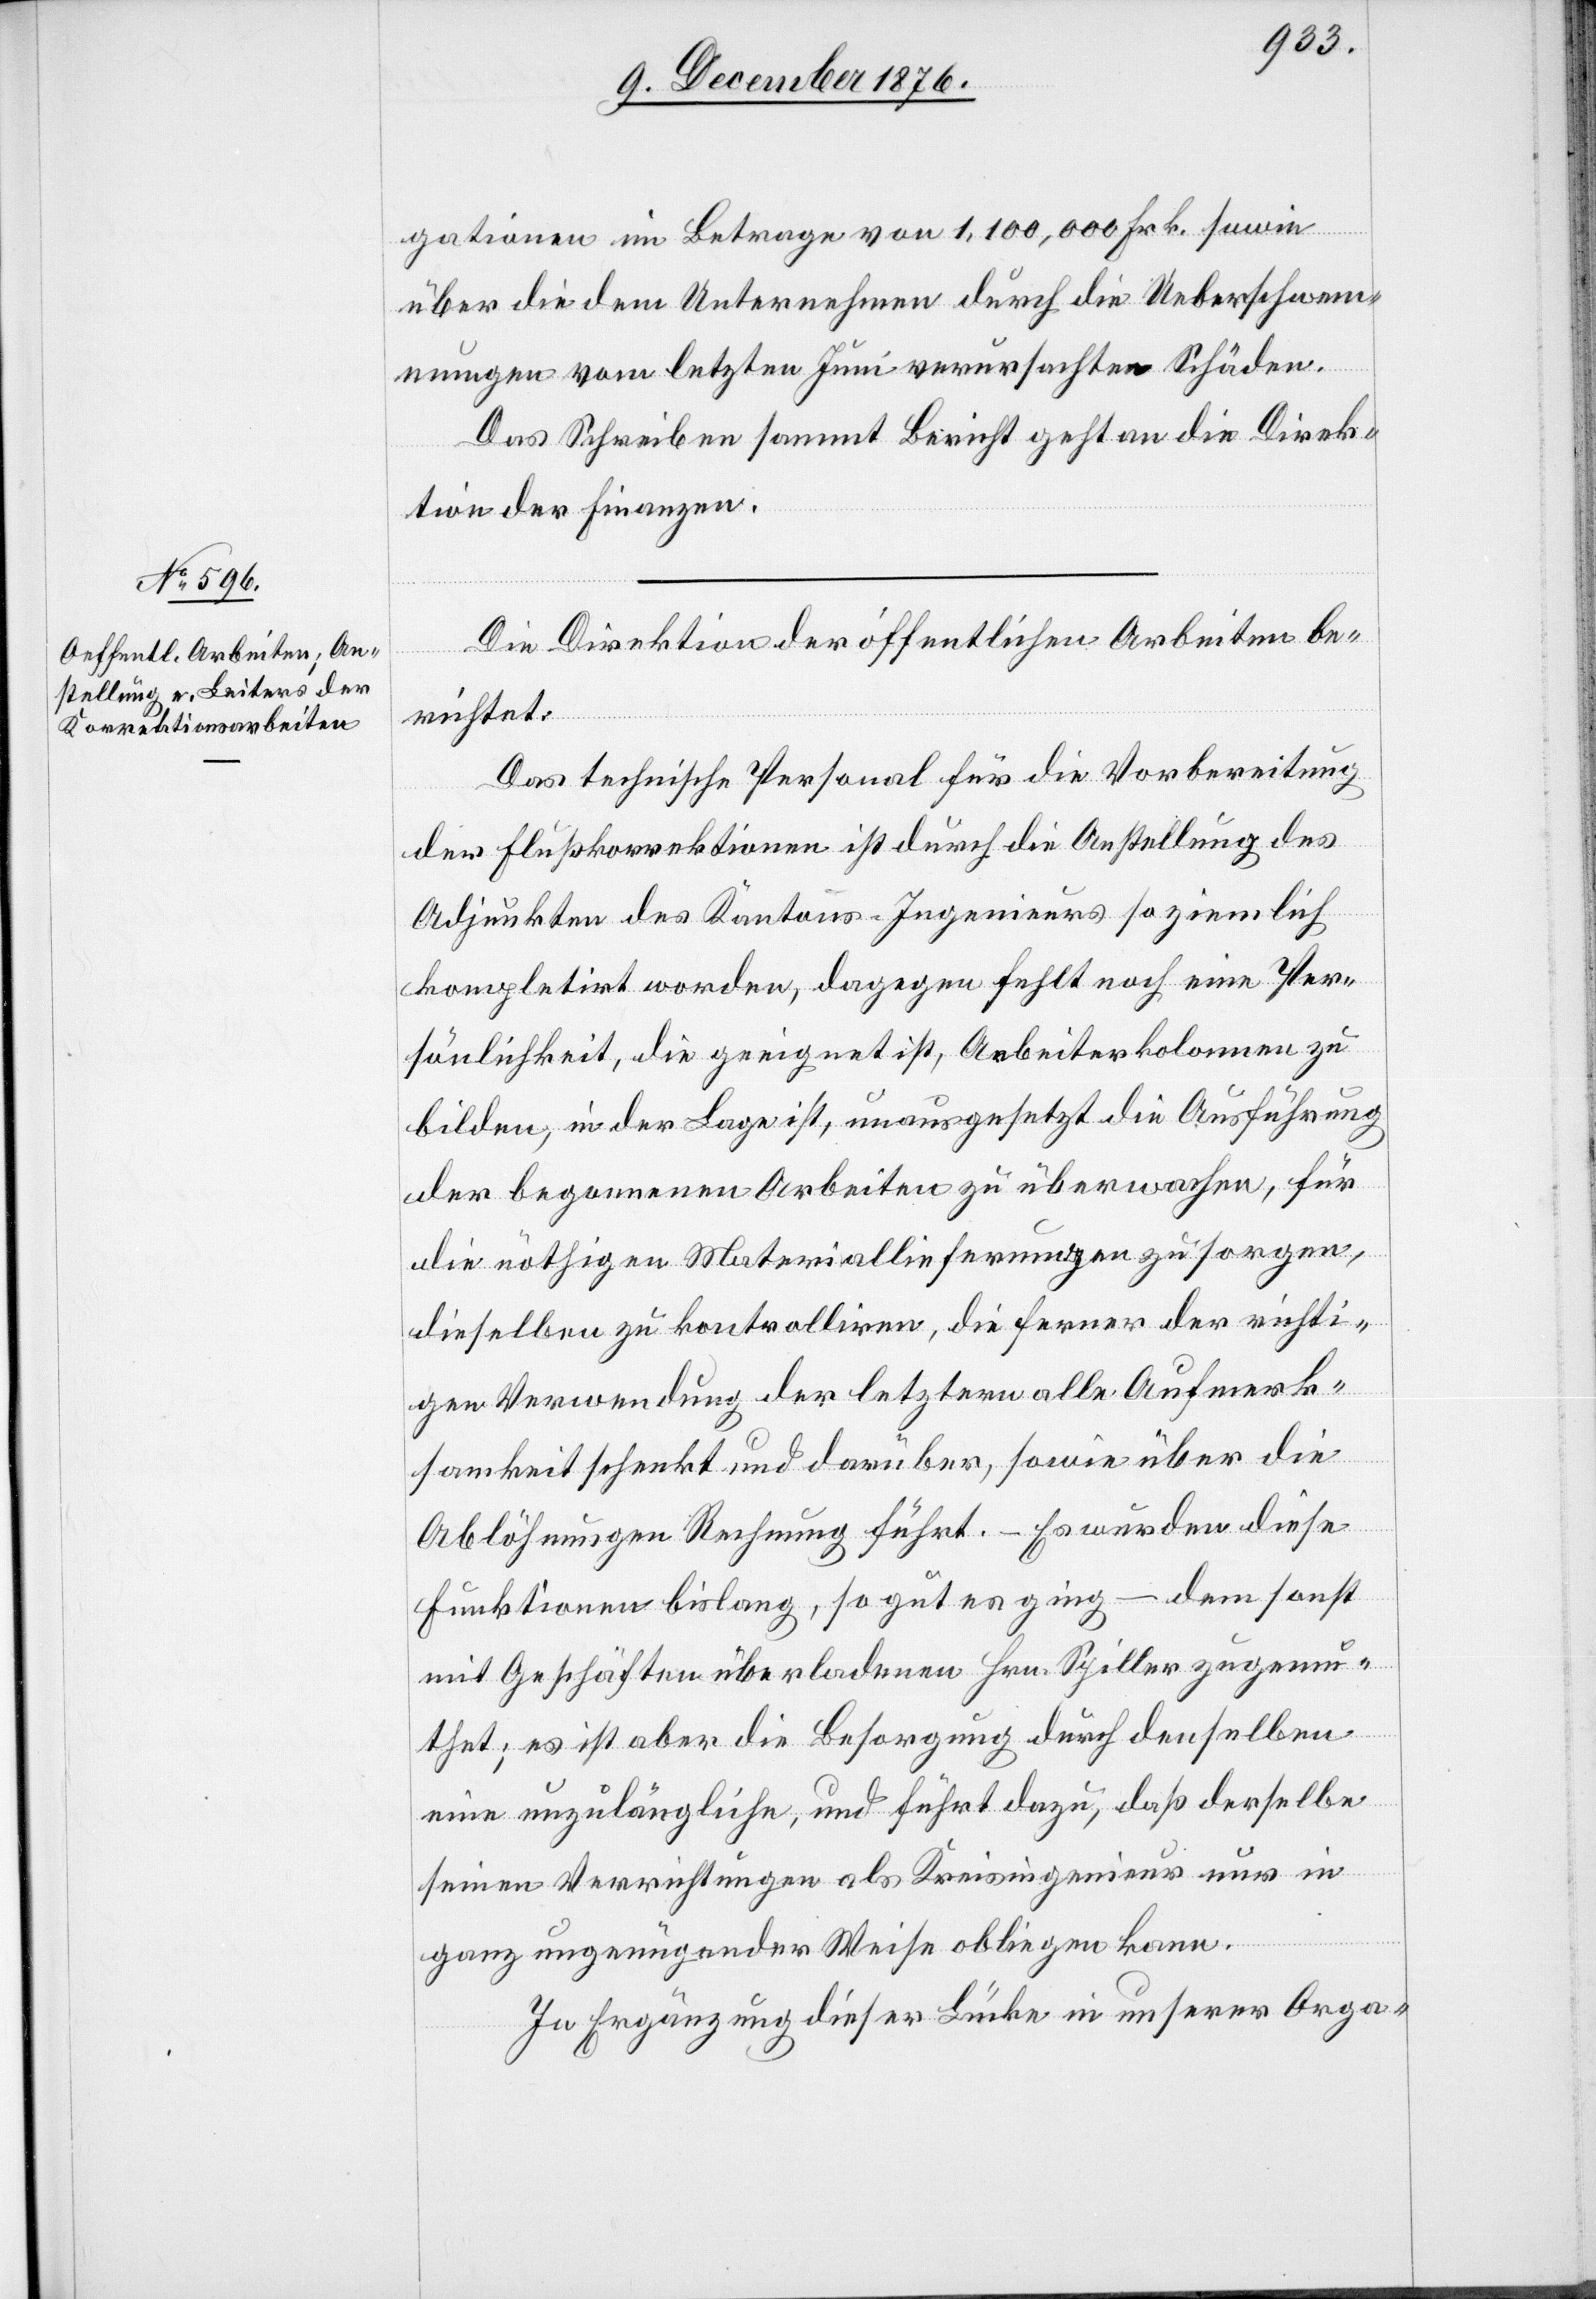
gationen im Betrage von 1,100,000 Frk. sowie
über die dem Unternehmen durch die Ueberschwem¬
mungen vom letzten Juni verursachten Schäden.
Das Schreiben sammt Bericht geht an die Direk¬
tion der Finanzen.
Die Direktion der öffentlichen Arbeiten be¬
richtet:
Das technische Personal für die Vorbereitung
der Flußkorrektionen ist durch die Anstellung des
Adjunkten des Kantons-Ingenieurs so ziemlich
kompletirt worden, dagegen fehlt noch eine Per¬
sönlichkeit, die geeignet ist, Arbeiterkolonnen zu
bilden, in der Lage ist, unausgesetzt die Ausführung
der begonnenen Arbeiten zu überwachen, für
die nöthigen Materiallieferungen zu sorgen,
dieselben zu kontrolliren, die ferner der richti¬
gen Verwendung der letztern alle Aufmerk¬
samkeit schenkt und darüber, sowie über die
Ablöhnungen Rechnung führt. – Es wurden diese
Funktionen bislang, so gut es ging – dem sonst
mit Geschäften überladenen Hrn. Spiller zugemu¬
thet; es ist aber die Besorgung durch denselben
eine unzulängliche, und führt dazu, daß derselbe
seinen Verrichtungen als Kreisingenieur nur in
ganz ungenügender Weise obliegen kann.
In Erwägung dieser Lücke in unserer Orga-